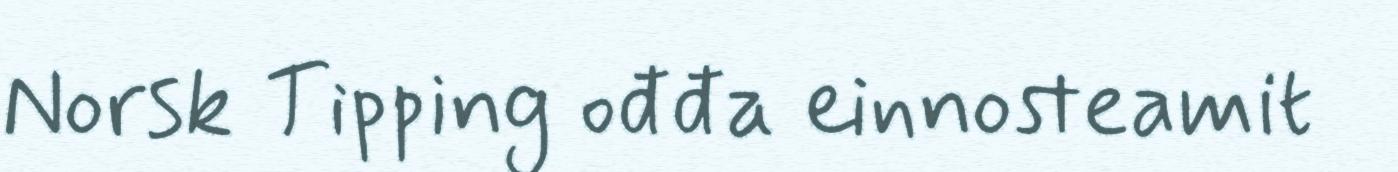
Norsk Tipping ođđa einnosteamit